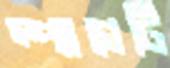
স্প্যাগেটি